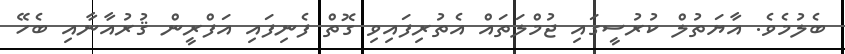
ބެލުމެވެ. އާޔަތުލް ކުރުސީގައި ޖުމްލަތައް އެތުރިފައިވި ގޮތް ފެނިފައި އަފްރީން ޤުރުއާނާއި ބެހޭ